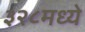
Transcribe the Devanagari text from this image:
३२८मध्ये